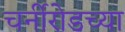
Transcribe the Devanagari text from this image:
चर्नीरोडच्या